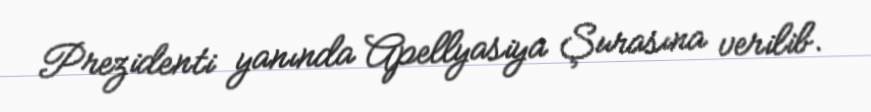
Prezidenti yanında Apellyasiya Şurasına verilib.